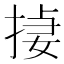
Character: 𪮄